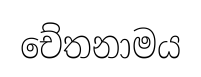
චේතනාමය